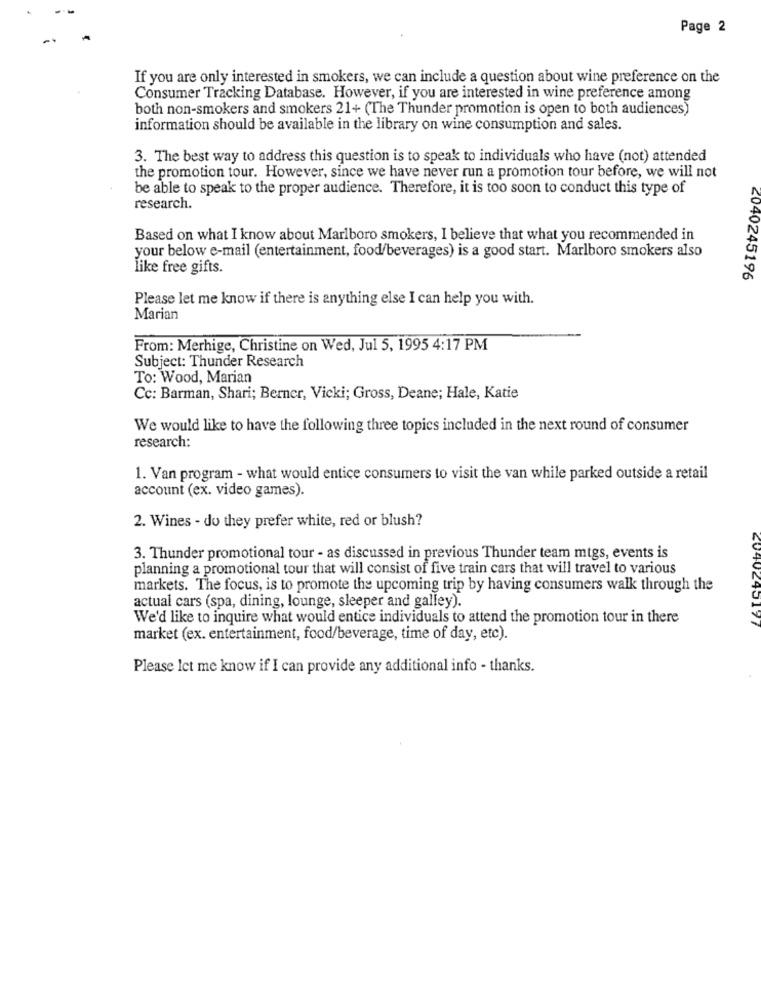
Page 2
If you are only interested in smokers, we can include a question about wine preference on the
Consumer Tracking Database. However, if you are interested in wine preference among
both non-smokers and smokers 21+ (The Thunder promotion is open to both audiences)
information should be available in the library on wine consumption and sales.
3. The best way to address this question is to speak to individuals who have (not) attended
the promotion tour. However, since we have never run a promotion tour before, we will not
be able to speak to the proper audience. Therefore, it is too soon to conduct this type of
research.
Based on what I know about Marlboro smokers, I believe that what you recommended in
your below e-mail (entertainment, food/beverages) is a good start. Marlboro smokers also
like free gifts.
2040245196
Please let me know if there is anything else I can help you with.
Marian
From: Merhige, Christine on Wed, Jul 5, 1995 4:17 PM
Subject: Thunder Research
To: Wood, Marian
Cc: Barman, Shari; Berner, Vicki; Gross, Deane; Hale, Katie
We would like to have the following three topics included in the next round of consumer
research:
1. Van program - what would entice consumers to visit the van while parked outside a retail
account (ex. video games).
2. Wines - do they prefer white, red or blush?
3. Thunder promotional tour - as discussed in previous Thunder team mtgs, events is
planning a promotional tour that will consist of five train cars that will travel to various
markets. The focus, is to promote the upcoming trip by having consumers walk through the
actual cars (spa, dining, lounge, sleeper and galley).
We'd like to inquire what would entice individuals to attend the promotion tour in there
20 40240177
market (ex. entertainment, food/beverage, time of day, etc).
Please let me know if I can provide any additional info - thanks.